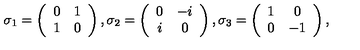
\sigma _ { 1 } = \left( \begin{array} { c c } { 0 } & { 1 } \\ { 1 } & { 0 } \\ \end{array} \right) , \sigma _ { 2 } = \left( \begin{array} { c c } { 0 } & { - i } \\ { i } & { 0 } \\ \end{array} \right) , \sigma _ { 3 } = \left( \begin{array} { c c } { 1 } & { 0 } \\ { 0 } & { - 1 } \\ \end{array} \right) , \,